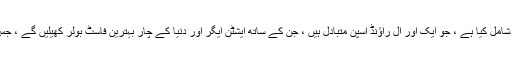
شارٹ کو ہم نے ٹیم میں شامل کیا ہے ، جو ایک اور آل راؤنڈ اسپن متبادل ہیں ، جن کے ساتھ ایشٹن ایگر اور دنیا کے چار بہترین فاسٹ بولر کھیلیں گے ، جس میں ایڈم زمپا بھی ہیں ۔